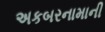
અકબરનામાની